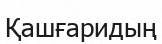
Қашғаридың